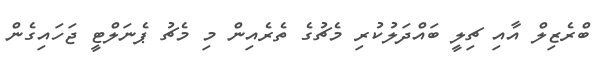
ބްރެޒިލް އާއި ޗިލީ ބައްދަލުކުރި މެޗުގެ ތެރެއިން މި މެޗު ޕެނަލްޓީ ޖަހައިގެން